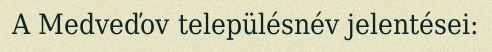
A Medveďov településnév jelentései: